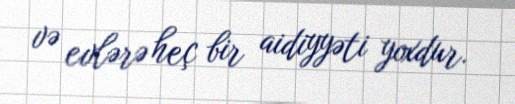
və evlərə heç bir aidiyyəti yoxdur.